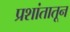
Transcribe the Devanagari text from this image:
प्रशांतातून